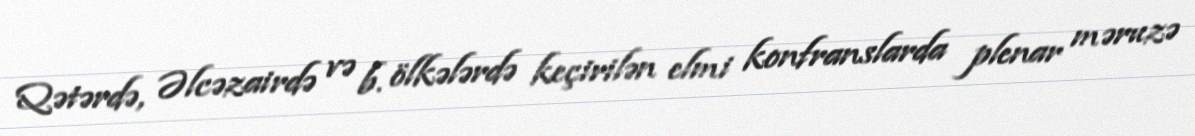
Qətərdə, Əlcəzairdə və b. ölkələrdə keçirilən elmi konfranslarda plenar məruzə